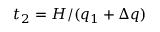
t _ { 2 } = H / ( q _ { 1 } + \Delta q )